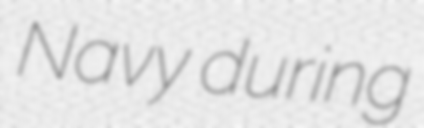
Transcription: Navy during